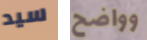
سيد وواضح